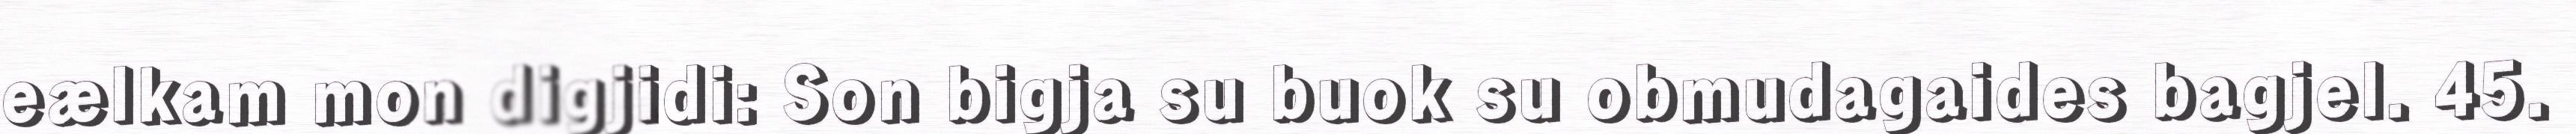
eælkam mon digjidi: Son bigja su buok su obmudagaides bagjel. 45.